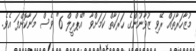
މުޒާހަރާތައް ރޭވި ޒުވާނުންގެ ހަރަކާތް ކަމަށްވާ "އޭޕްރީލް 6" ވެސް މަނާކޮށްފަ އެވެ.